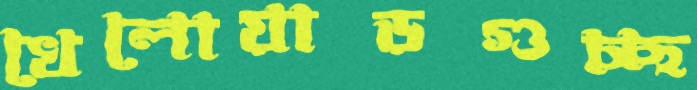
খেলোয়াড়গুচ্ছ